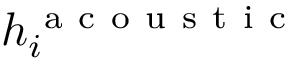
h _ { i } ^ { \mathrm { ~ a ~ c ~ o ~ u ~ s ~ t ~ i ~ c ~ } }